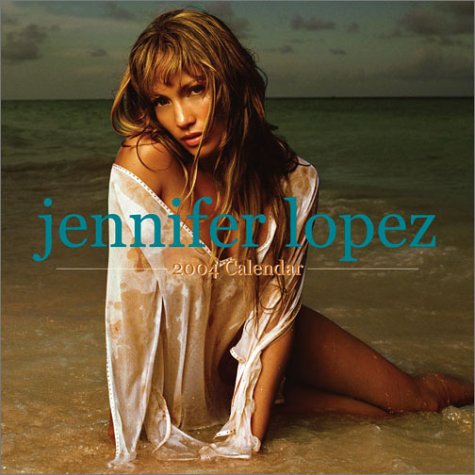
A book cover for Jennifer Lopez 2004 Wall Calendar; Calendars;